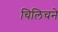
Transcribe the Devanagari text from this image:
चिलिचने